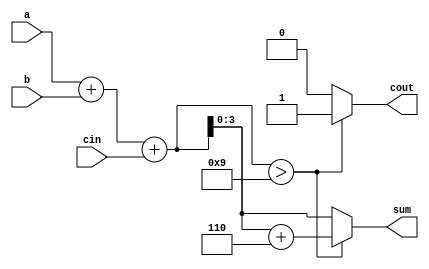
module bcd_adder(a,b,cin,sum,cout);
    input [3:0] a,b;
    input cin;
    output [3:0] sum;
    output cout;
    reg [4:0] temp;
    reg [3:0] sum;
    reg cout;  

    always @(a,b,cin)
    begin
        temp = a+b+cin; 
        if(temp > 9)    
	begin
            temp = temp+6; //add 6, if result is more than 9.
            cout = 1;  //set the carry output
            sum = temp[3:0];   
   	end
        else    
	begin
            cout = 0;
            sum = temp[3:0];
        end
    end     

endmodule


module tb_bcdadder;

    reg [3:0] a;
    reg [3:0] b;
    reg cin;

    wire [3:0] sum;
    wire cout;

    bcd_adder uut (
        .a(a), 
        .b(b), 
        .cin(cin), 
        .sum(sum), 
        .cout(cout)
    );

    initial begin
        a = 0;  b = 0;  cin = 0;   #100;
        a = 6;  b = 9;  cin = 0;   #100;
        a = 3;  b = 3;  cin = 1;   #100;
        a = 4;  b = 5;  cin = 0;   #100;
        a = 8;  b = 2;  cin = 0;   #100;
        a = 9;  b = 9;  cin = 1;   #100;
    end
      
endmodule